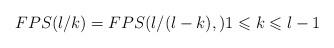
LaTeX: \begin{align*}FPS(l/k) = FPS(l/(l - k),)1 \leqslant k \leqslant l - 1 \end{align*}